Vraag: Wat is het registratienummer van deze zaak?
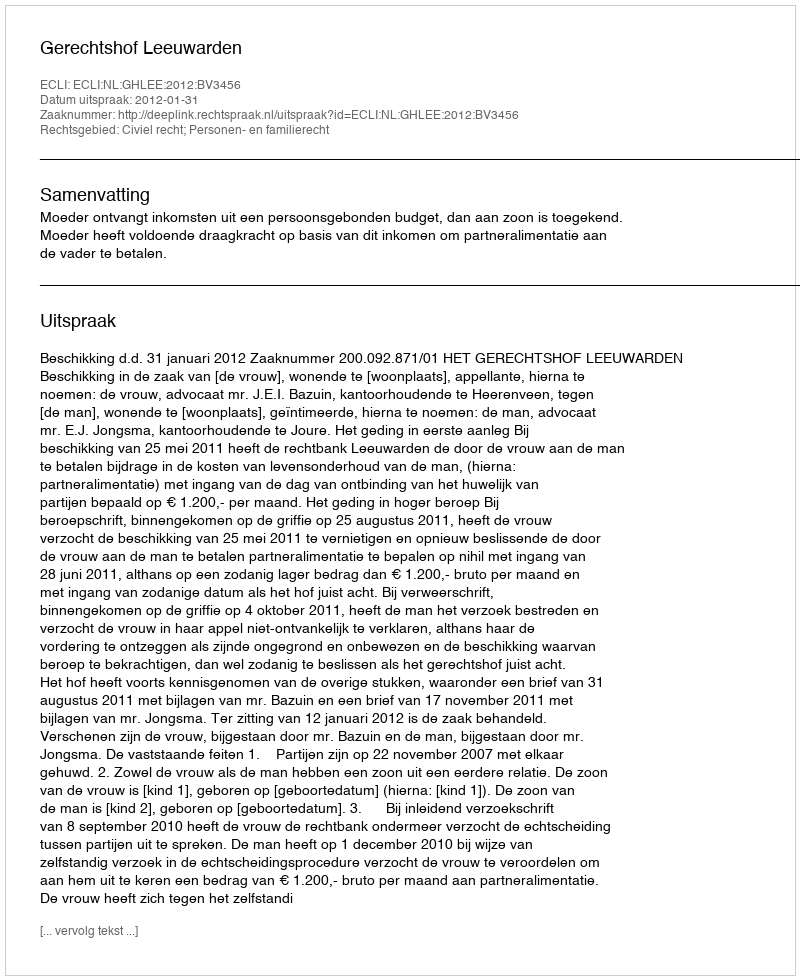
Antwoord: http://deeplink.rechtspraak.nl/uitspraak?id=ECLI:NL:GHLEE:2012:BV3456